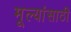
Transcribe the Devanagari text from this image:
मूल्यांसाठी